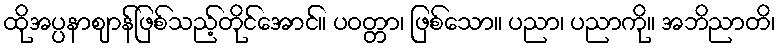
ထိုအပ္ပနာဈာန်ဖြစ်သည့်တိုင်အောင်။ ပဝတ္တာ၊ ဖြစ်သော။ ပညာ၊ ပညာကို။ အဘိညာတိ၊